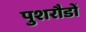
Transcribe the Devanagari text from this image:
पुशरौडों